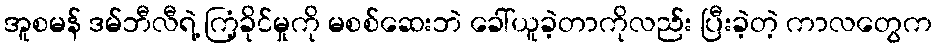
အူစမန် ဒမ်ဘီလီရဲ့ ကြံ့ခိုင်မှုကို မစစ်ဆေးဘဲ ခေါ်ယူခဲ့တာကိုလည်း ပြီးခဲ့တဲ့ ကာလတွေက